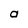
Character: a